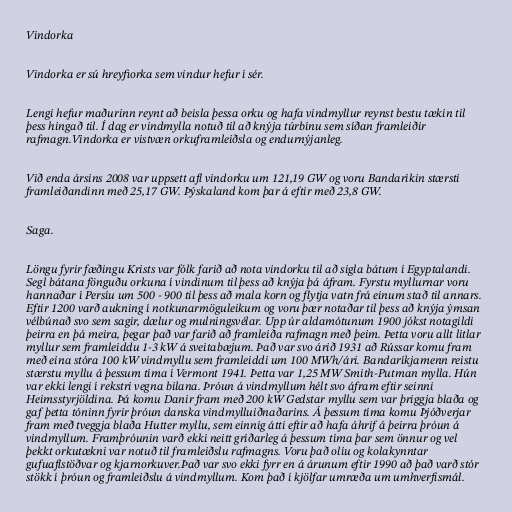
Vindorka

Vindorka er sú hreyfiorka sem vindur hefur í sér.

Lengi hefur maðurinn reynt að beisla þessa orku og hafa vindmyllur reynst bestu tækin til
þess hingað til. Í dag er vindmylla notuð til að knýja túrbínu sem síðan framleiðir
rafmagn.Vindorka er vistvæn orkuframleiðsla og endurnýjanleg.

Við enda ársins 2008 var uppsett afl vindorku um 121,19 GW og voru Bandaríkin stærsti
framleiðandinn með 25,17 GW. Þýskaland kom þar á eftir með 23,8 GW.

Saga.

Löngu fyrir fæðingu Krists var fólk farið að nota vindorku til að sigla bátum í Egyptalandi.
Segl bátana fönguðu orkuna í vindinum til þess að knýja þá áfram. Fyrstu myllurnar voru
hannaðar í Persíu um 500 - 900 til þess að mala korn og flytja vatn frá einum stað til annars.
Eftir 1200 varð aukning í notkunarmöguleikum og voru þær notaðar til þess að knýja ýmsan
vélbúnað svo sem sagir, dælur og mulningsvélar. Upp úr aldamótunum 1900 jókst notagildi
þeirra en þá meira, þegar það var farið að framleiða rafmagn með þeim. Þetta voru allt litlar
myllur sem framleiddu 1-3 kW á sveitabæjum. Það var svo árið 1931 að Rússar komu fram
með eina stóra 100 kW vindmyllu sem framleiddi um 100 MWh/ári. Bandaríkjamenn reistu
stærstu myllu á þessum tíma í Vermont 1941. Þetta var 1,25 MW Smith-Putman mylla. Hún
var ekki lengi í rekstri vegna bilana. Þróun á vindmyllum hélt svo áfram eftir seinni
Heimsstyrjöldina. Þá komu Danir fram með 200 kW Gedstar myllu sem var þriggja blaða og
gaf þetta tóninn fyrir þróun danska vindmylluiðnaðarins. Á þessum tíma komu Þjóðverjar
fram með tveggja blaða Hutter myllu, sem einnig átti eftir að hafa áhrif á þeirra þróun á
vindmyllum. Framþróunin varð ekki neitt gríðarleg á þessum tíma þar sem önnur og vel
þekkt orkutækni var notuð til framleiðslu rafmagns. Voru það olíu og kolakynntar
gufuaflstöðvar og kjarnorkuver.Það var svo ekki fyrr en á árunum eftir 1990 að það varð stór
stökk í þróun og framleiðslu á vindmyllum. Kom það í kjölfar umræða um umhverfismál.